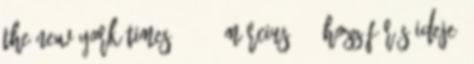
The New York Times, 2004. március 21. Hozzáférés ideje: